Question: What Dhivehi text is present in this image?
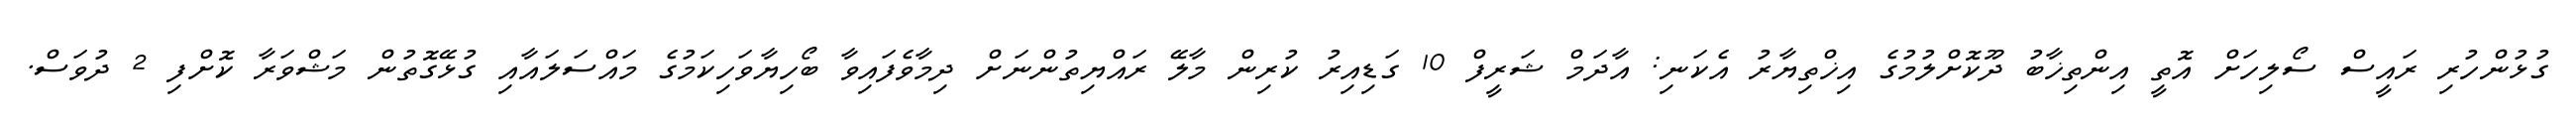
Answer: ގުޅުންހުރި ރައީސް ސޯލިހަށް އޮތީ އިންތިޚާބު ދޫކޮށްލުމުގެ އިޚްތިޔާރު އެކަނި: އާދަމް ޝަރީފް 10 ގަޑިއިރު ކުރިން މާލޭ ރައްޔިތުންނަށް ދިމާވެފައިވާ ބޯހިޔާވަހިކަމުގެ މައްސަލައާއި ގުޅޭގޮތުން މަޝްވަރާ ކޮށްފި 2 ދުވަސް.